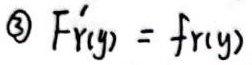
\textcircled{3} $F_{r}'(y)=f_{r}(y)$